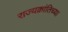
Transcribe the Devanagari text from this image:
राज्यक्रांतिच्या